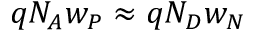
q N _ { A } w _ { P } \approx q N _ { D } w _ { N }